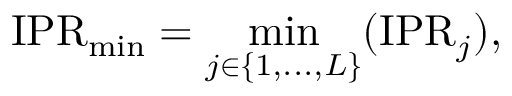
\mathrm { I P R } _ { \operatorname* { m i n } } = \operatorname* { m i n } _ { j \in \{ 1 , . . . , L \} } ( \mathrm { I P R } _ { j } ) ,